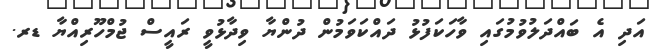
އަދި އެ ބައްދަލުވުމުގައި ވާހަކަފުޅު ދައްކަވަމުން ދުންޔާ ވިދާޅުވީ ރައީސް ޖުމްހޫރިއްޔާ ޑރ.